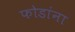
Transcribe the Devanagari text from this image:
फोडांना